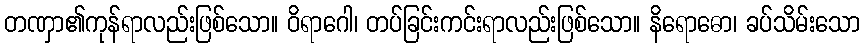
တဏှာ၏ကုန်ရာလည်းဖြစ်သော။ ဝိရာဂေါ၊ တပ်ခြင်းကင်းရာလည်းဖြစ်သော။ နိရောဓော၊ ခပ်သိမ်းသော